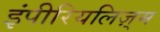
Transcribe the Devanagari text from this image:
इंपीरियलिज़्म